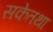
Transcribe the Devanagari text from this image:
सकेतथा